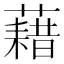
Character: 藉